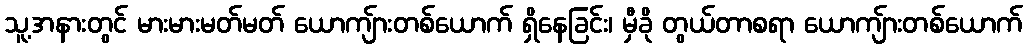
သူ့အနားတွင် မားမားမတ်မတ် ယောကျ်ားတစ်ယောက် ရှိနေခြင်း၊ မှီခို တွယ်တာစရာ ယောကျ်ားတစ်ယောက်